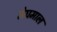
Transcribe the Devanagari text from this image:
मेघमाल